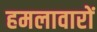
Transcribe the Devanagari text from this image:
हमलावारों